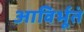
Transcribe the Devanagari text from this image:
आविर्भूतं